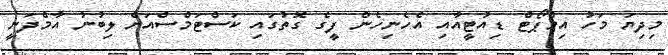
މިދިޔަ މަހު އިމްޕޯޓް ޑިއުޓީއާއި އެހެނިހެން ފީގެ ގޮތުގައި ކަސްޓަމްސްއަށް ލިބުނު އާމްދަނީ